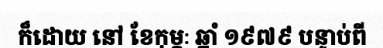
ក៏ដោយ នៅ ខែកុម្ភៈ ឆ្នាំ ១៩៧៩ បន្ទាប់ពី